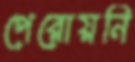
পেরোয়নি